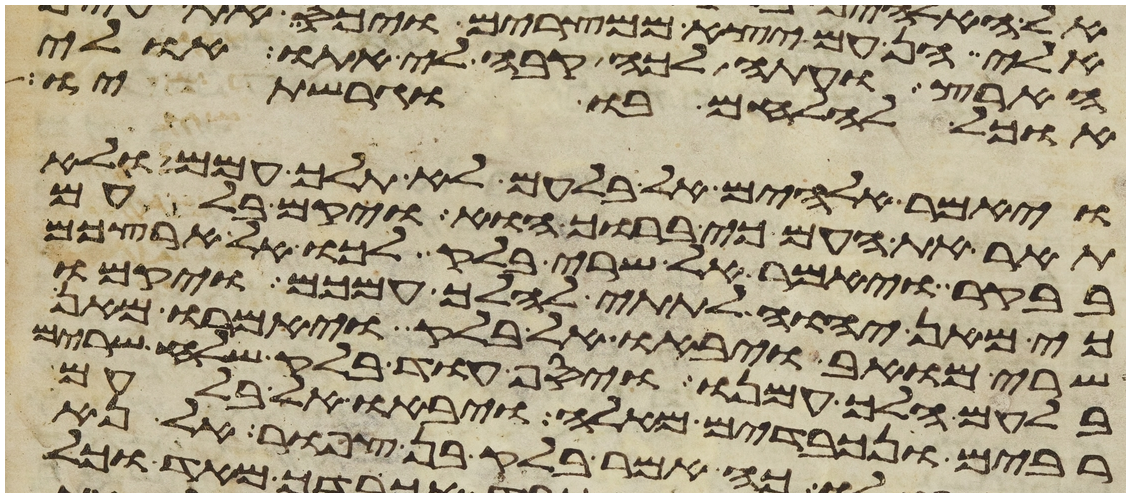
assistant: הארץ ועתה לכה קבה לי אתו אולי
אוכל להלחם בו וגרשתיו
ויאמר אלהים אל בלעם לא תלך עמהם ולא
תאר את העם כי ברוך הוא ויקם בלעם
בבקר ויאמר אל שרי בלק לכו אל ארצכם
כי מאן יהוה לתתי להלך עמכם ויקמו
שרי מואב ויבאו אל בלק ויאמרו מאן
בלעם הלך עמנו ויסף עוד בלק שלח שרים
רבים ונכבדים מאלה ויבאו אל בלעם